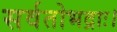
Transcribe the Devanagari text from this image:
सर्वतोभद्राः।